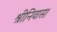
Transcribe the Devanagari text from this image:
श्रीनिवास।